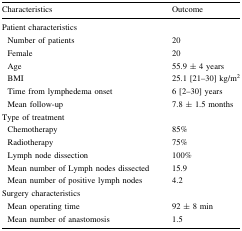
<table><thead><tr><td><b>Characteristics</b></td><td><b>Outcome</b></td></tr></thead><tbody><tr><td colspan="2">Patient characteristics</td></tr><tr><td> Number of patients</td><td>20</td></tr><tr><td> Female</td><td>20</td></tr><tr><td> Age</td><td>55.9 ± 4 years</td></tr><tr><td> BMI</td><td>25.1 [21–30] kg/m<sup>2</sup></td></tr><tr><td> Time from lymphedema onset</td><td>6 [2–30] years</td></tr><tr><td> Mean follow-up</td><td>7.8 ± 1.5 months</td></tr><tr><td colspan="2">Type of treatment</td></tr><tr><td> Chemotherapy</td><td>85%</td></tr><tr><td> Radiotherapy</td><td>75%</td></tr><tr><td> Lymph node dissection</td><td>100%</td></tr><tr><td> Mean number of Lymph nodes dissected</td><td>15.9</td></tr><tr><td> Mean number of positive lymph nodes</td><td>4.2</td></tr><tr><td colspan="2">Surgery characteristics</td></tr><tr><td> Mean operating time</td><td>92 ± 8 min</td></tr><tr><td> Mean number of anastomosis</td><td>1.5</td></tr></tbody></table>